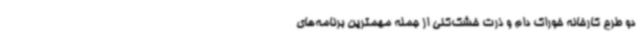
دو طرح کارخانه خوراک دام و ذرت خشک‌کنی از جمله مهمترین برنامه‌های